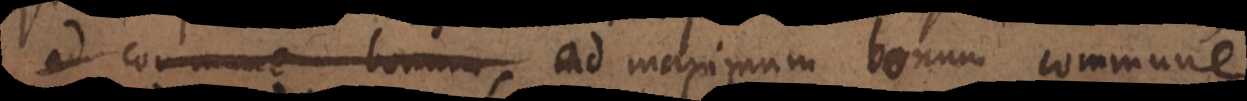
ad commune bonum maximum bonum commune